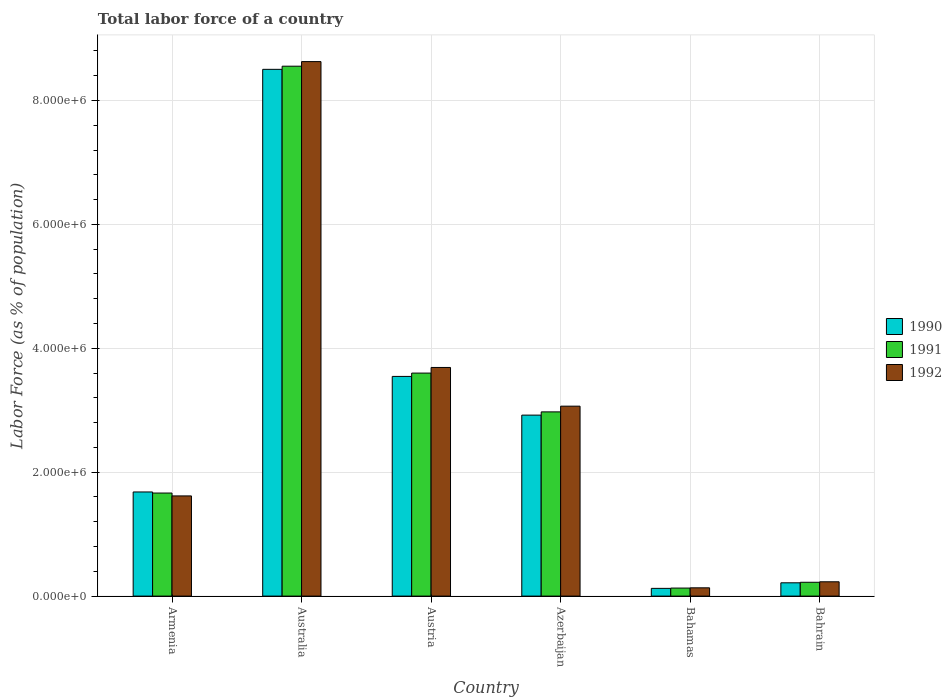
| Country | 1990 | 1991 | 1992 |
 | --- | --- | --- | --- |
 | Armenia | 1.68e+06 | 1.66e+06 | 1.62e+06 |
 | Australia | 8.5e+06 | 8.55e+06 | 8.63e+06 |
 | Austria | 3.55e+06 | 3.6e+06 | 3.69e+06 |
 | Azerbaijan | 2.92e+06 | 2.97e+06 | 3.07e+06 |
 | Bahamas | 1.25e+05 | 1.3e+05 | 1.34e+05 |
 | Bahrain | 2.15e+05 | 2.23e+05 | 2.31e+05 |